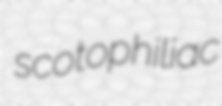
scotophiliac